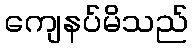
ကျေနပ်မိသည်